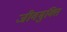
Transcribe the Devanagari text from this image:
जीवमुक्ति